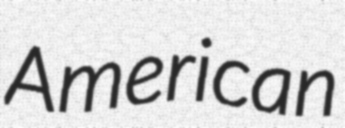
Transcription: American